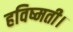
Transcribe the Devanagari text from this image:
हविष्मती।